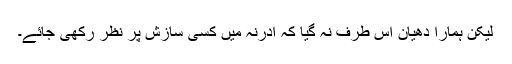
لیکن ہمارا دھیان اس طرف نہ گیا کہ ادرنہ میں کسی سازش پر نظر رکھی جائے۔